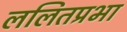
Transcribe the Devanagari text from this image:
ललितप्रभा